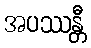
အပဿန္တီ